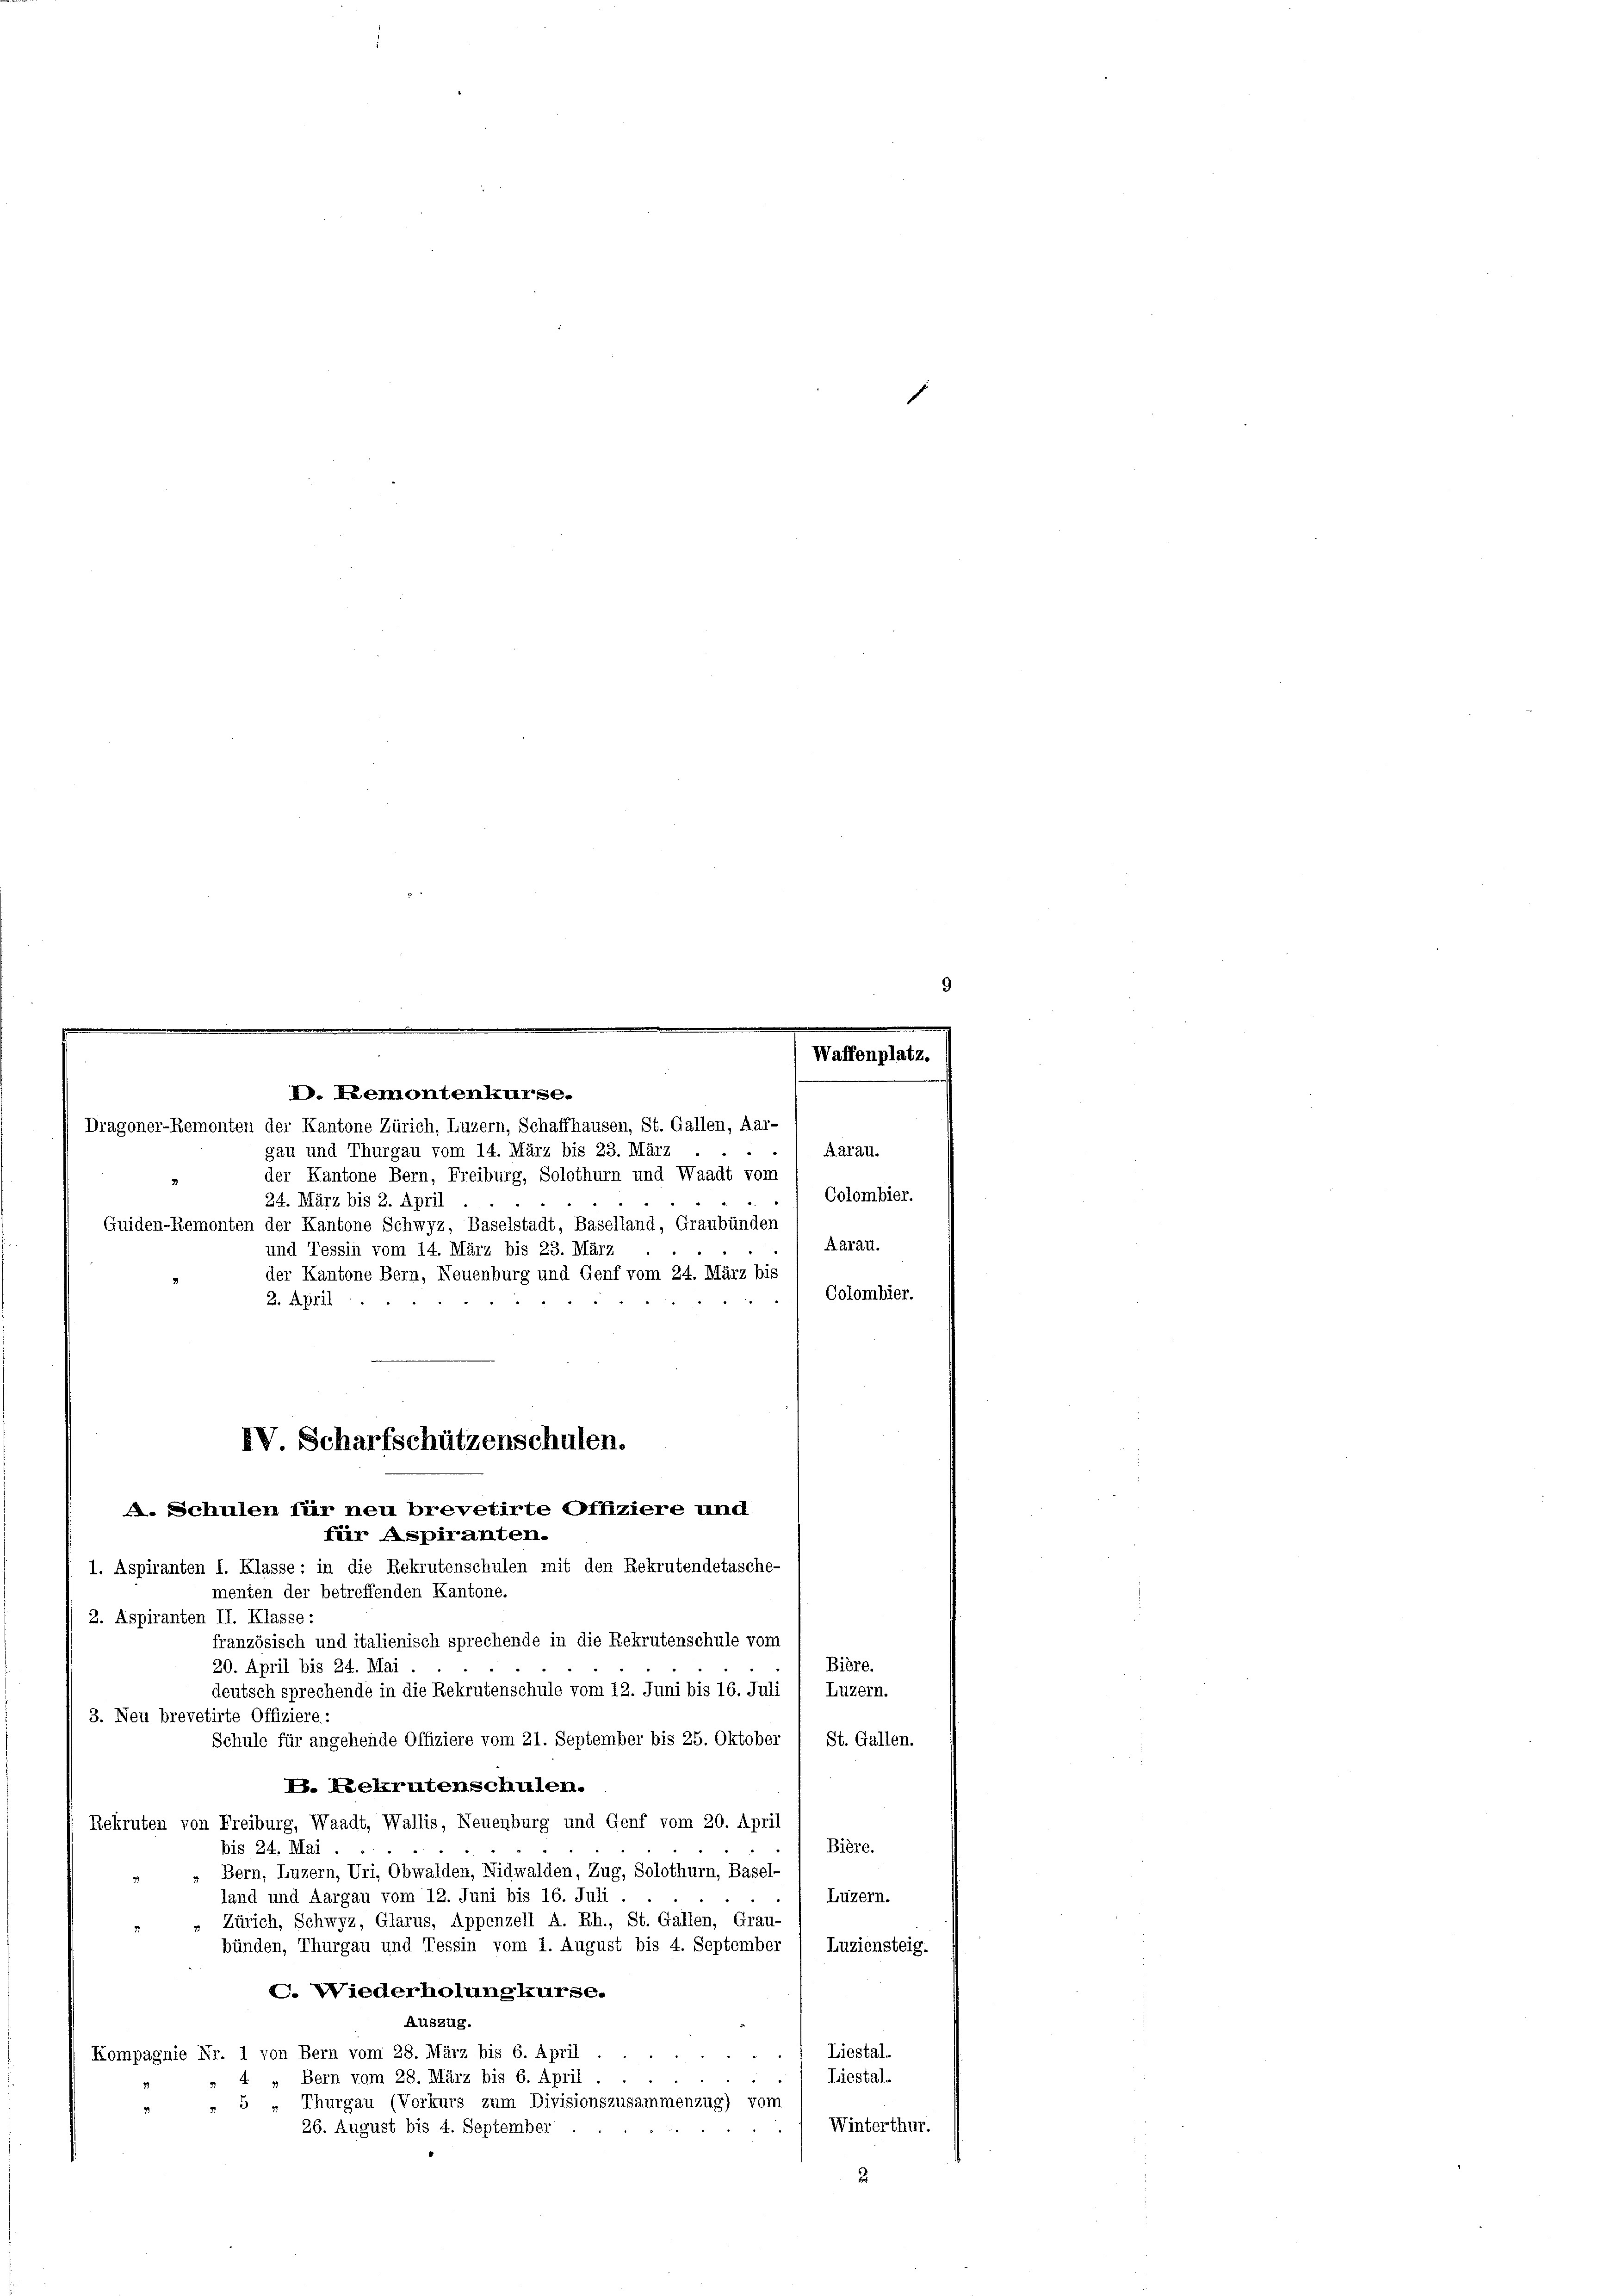
D. Remontenkurse.

Dragoner-Remonten der Kantone Zürich, Luzern, Schaffhausen, St. Gallen, Aar-
gau und Thurgau vom 14. März bis 23. März
Aarau.
der Kantone Bern, Freiburg, Solothurn und Waadt vom
Colombier.
24. März bis 2. April
Quiden-Remonten der Kantone Schwyz, Baselstadt, Baselland, Graubünden
Aarau.
und Tessin vom 14. März bis 23. März
der Kantone Bern, Neuenburg und Genf vom 24. März bis
Colombier.
2. April
4
für Aspiranten.
menten der betreffenden Kantone.
2. Aspiranten II. Klasse:
französisch und italienisch sprechende in die Rekrutenschule vom
Bière.
20. April bis 24. Mai.
deutsch sprechende in die Rekrutenschule vom 12. Juni bis 16. Juli / Luzern.
3. Neu brevetirte Offiziere:
Schule für angehende Offiziere vom 21. September bis 25. Oktober
St. Gallen.
B. Rekrutenschulen.
Rekruten von Freiburg, Waadt, Wallis, Neuenburg und Genf vom 20. April
Bière.
bis 24. Mai
Bern, Luzern, Uri, Obwalden, Nidwalden, Zug, Solothurn, Basel-
land und Aargau vom 12. Juni bis 16. Juli.
Luzern.
Zürich, Schwyz, Glarus, Appenzell A. Rh., St. Gallen, Grau-
bünden, Thurgau und Tessin vom 1. August bis 4. September
Luziensteig.
C. Wiederholung kurse.
Auszug.
Liestal-
Kompagnie Nr. 1 von Bern vom 28. März bis 6. April.
ur den
Liestal-
4. „Bern vom 28. März bis 6. April.
» 5 „Thurgau (Vorkurs zum Divisionszusammenzug) vom
Winterthur.
26. August bis 4. September
2

IV Scharfschützenschulen.
A. Schulen für neu brevetirte Offiziere und

1. Aspiranten I. Klasse: in die Rekrutenschulen mit den Rekrutendetasche-

Waffenplatz.

1

9